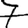
Digit: 7